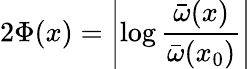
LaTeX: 2\Phi(x)=\left|\log\frac{{\bar{\omega}}(x)}{{\bar{\omega}}(x_{0})}\right|